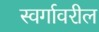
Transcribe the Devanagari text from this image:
स्वर्गावरील